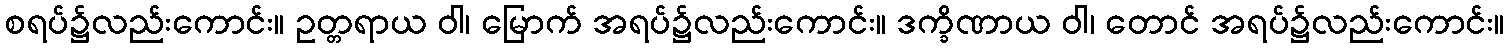
စရပ်၌လည်းကောင်း။ ဥတ္တရာယ ဝါ၊ မြောက် အရပ်၌လည်းကောင်း။ ဒက္ခိဏာယ ဝါ၊ တောင် အရပ်၌လည်းကောင်း။